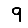
Digit: 9